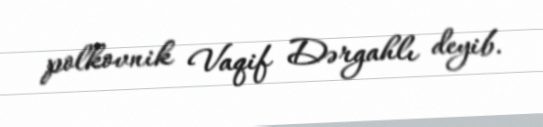
polkovnik Vaqif Dərgahlı deyib.